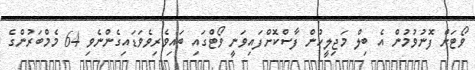
ވޯޓަށް ފޮނުވުމުން އެ ބިލް މަޖިލީހުން ފާސްކޮށްފައިވަނީ ވޯޓްގައި ބައިވެރިވެވަޑައިގެންނެވި 64 މެމްބަރުންގެ